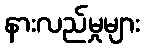
နားလည်မှုများ